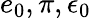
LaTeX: e_{0},\pi,\epsilon_{0}